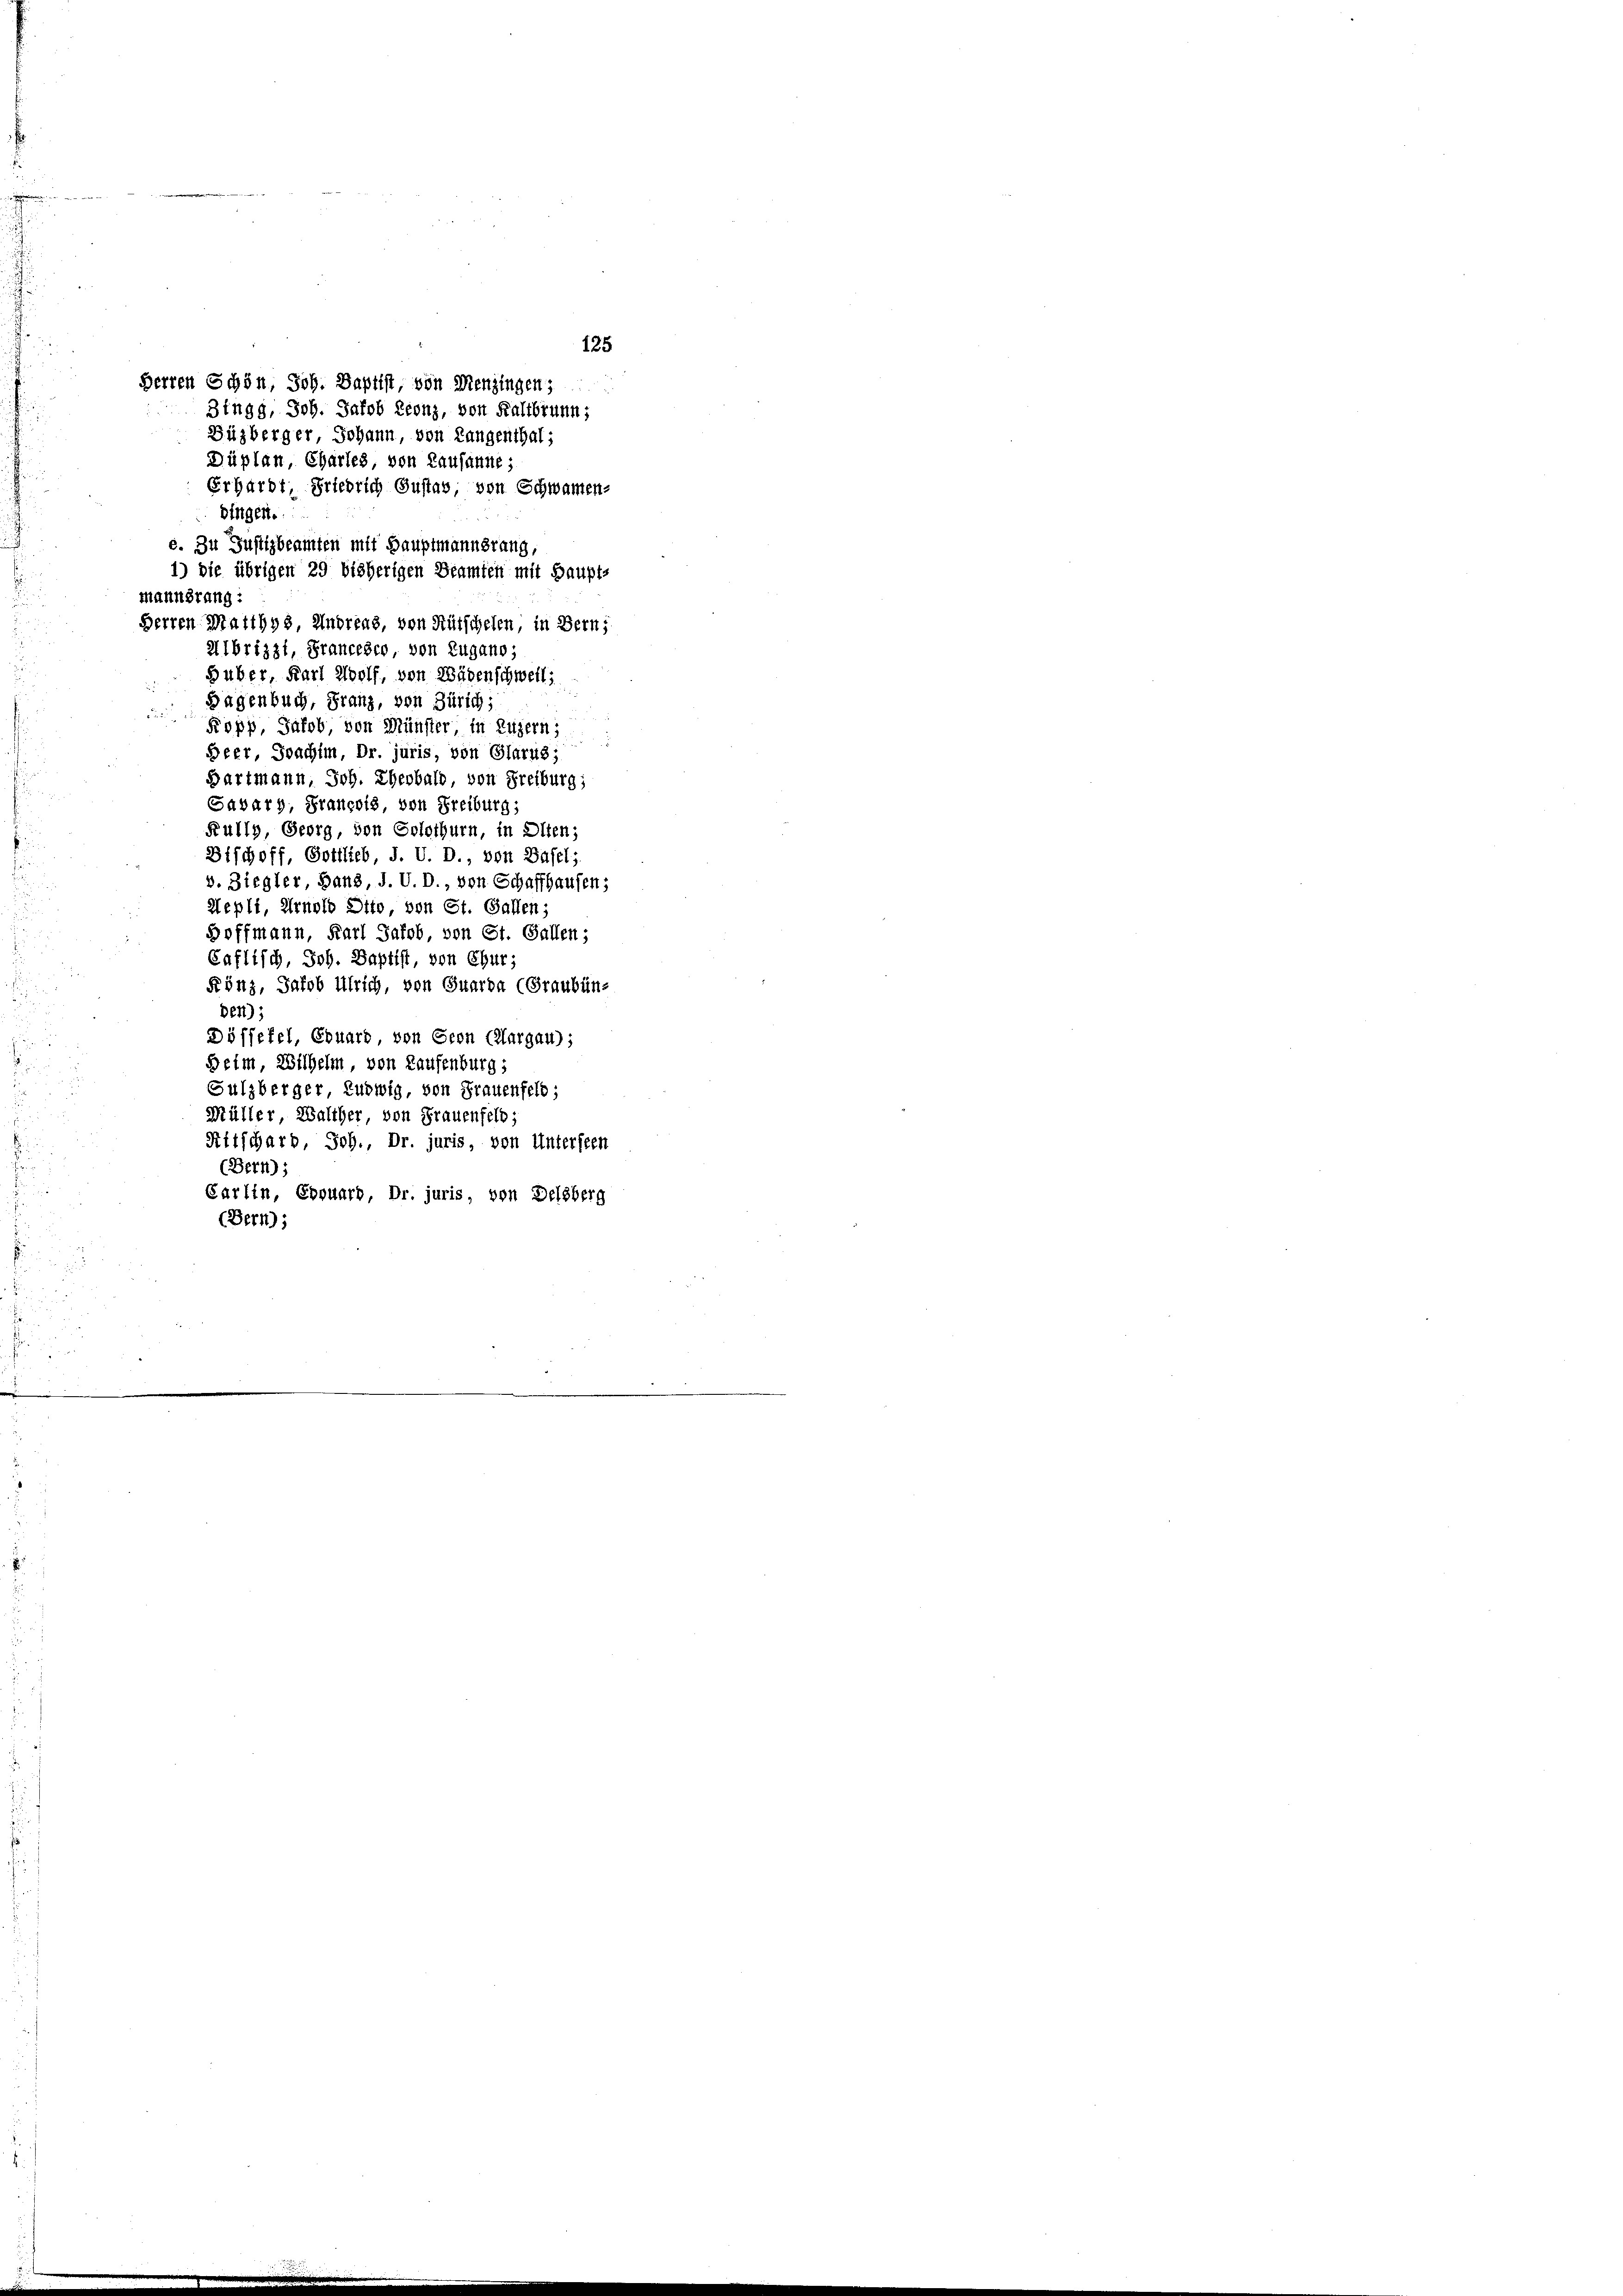
125
Herren Schön, Joh. Baptist, von Menzingen,
Zingg, Joh. Jakob Leonz, von Kaltbrunn,
Büzberger Johann, von Langenthal;
Düplan Charles, von Lausanne;
Erhardt, Friedrich Gustav von Schwamen-
Dingen.
e. Zu Justizbeamten mit Hauptmannsrang,
1) die übrigen 29 bisherigen Beamten mit Haupt-

mannsrang:
Herren Matthys, Andreas, von Rütschelen, in Bern,
2Ibrizzi, Francesco, von Zugano;
Huber, Karl Wolf, von Wädenschweil:
Hagenbuch, Franz, von Zürich;
Popp, Jakob, von Münster in Luzern:
Heer Joachim, Dr. juris, von Glarus;
Hartmann, Joh. Eherbald von Freiburg;
Savary, François von Freiburg;
Fully, Georg, von Solothurn, in Olten;
Bischoff, Gottlieb, J. V. D., von Basel;
v. Ziegler, Hand, J. V. D., von Schaffhausen,
Hepli, Arnold Otto von St. Gallen;
Hoffmann, Karl Jakob von St. Gallen;
Caflisch, Joh. Baptist von Chur-
Frönz, Jakob Ulrich, von Quarta (Graubünden);
Döffefel, Eduard von Seon Clargau);
Beim Wilhelm, von Laufenburg;
Sulzberger, Ludwig, von Frauenfeld;
Müller Walther von Frauenfelb;
Ritscharb, Joh., Dr. juris, von Untersten
(Bern):
Carlin, Erquart Dr. juris, von Delsberg
(Bern;
n
.
.
n
¬